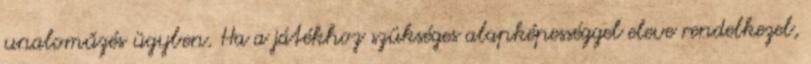
unaloműzés ügyben. Ha a játékhoz szükséges alapképességgel eleve rendelkezel,